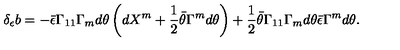
\delta _ { \epsilon } b = - \bar { \epsilon } \Gamma _ { 1 1 } \Gamma _ { m } d \theta \left( d X ^ { m } + { \frac { 1 } { 2 } } \bar { \theta } \Gamma ^ { m } d \theta \right) + { \frac { 1 } { 2 } } \bar { \theta } \Gamma _ { 1 1 } \Gamma _ { m } d \theta \bar { \epsilon } \Gamma ^ { m } d \theta .